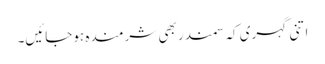
اتنی گہری کہ سمندر بھی شرمندہ ہوجائیں۔